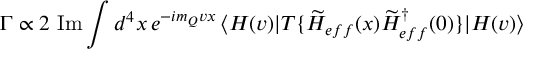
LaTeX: \Gamma \propto 2 \mathrm { ~ I m } \int d ^ { 4 } x \, e ^ { - i m _ { Q } v x } \, \langle H ( v ) | T \{ \widetilde { { \cal H } } _ { e f f } ( x ) \widetilde { { \cal H } } _ { e f f } ^ { \dagger } ( 0 ) \} | H ( v ) \rangle